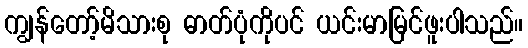
ကျွန်တော့်မိသားစု ဓာတ်ပုံကိုပင် ယင်းမာမြင်ဖူးပါသည်။